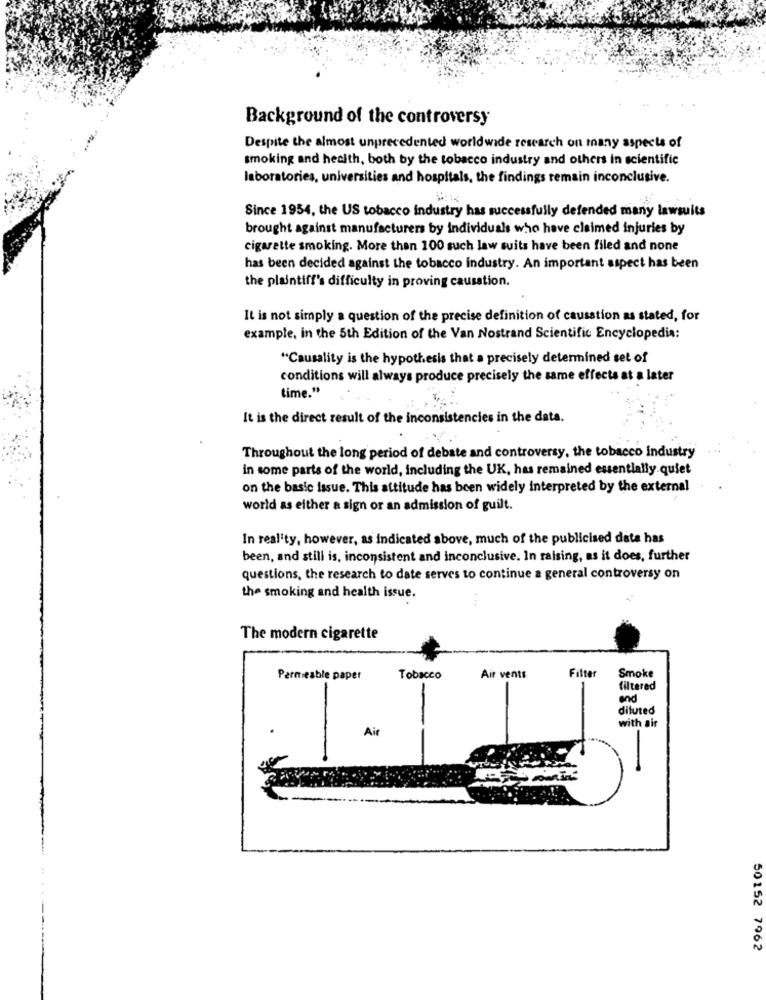
Background of the controversy
Despite the almost unprecedented worldwide research on many aspects of
smoking and health, both by the tobacco industry and others in scientific
laboratories, universities and hospitals, the findings remain inconclusive.
Since 1954, the US tobacco industry has successfully defended many lawsuits
brought against manufacturers by individuals who have claimed injuries by
cigarette smoking. More than 100 such law suits have been filed and none
has been decided against the tobacco industry. An important aspect has been
the plaintiff's difficulty in proving causation.
It is not simply a question of the precise definition of causation as stated, for
example, in the 5th Edition of the Van Nostrand Scientific Encyclopedia:
"Causality is the hypothesis that a precisely determined set of
conditions will always produce precisely the same effects at a later
time."
It is the direct result of the inconsistencies in the data.
Throughout the long period of debate and controversy, the tobacco Industry
in some parts of the world, including the UK, has remained essentially quiet
on the basic issue. This attitude has been widely interpreted by the external
world as either a sign or an admission of guilt.
In reality, however, as indicated above, much of the publicised data has
been, and still is, inconsistent and inconclusive. In raising, as it does, further
questions, the research to date serves to continue a general controversy on
the smoking and health issue.
The modern cigarette
Filter
Permeable paper
Tobacco
Air vents
Smoke
filtered
and
diluted
with air
50152 7962